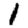
Digit: 1